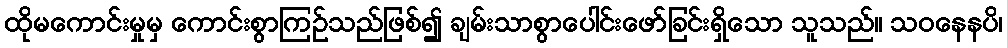
ထိုမကောင်းမှုမှ ကောင်းစွာကြဉ်သည်ဖြစ်၍ ချမ်းသာစွာပေါင်းဖော်ခြင်းရှိသော သူသည်။ သဝနေနပိ၊